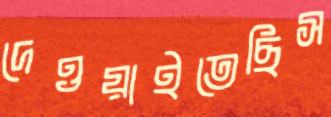
দেওয়াইতেছিস